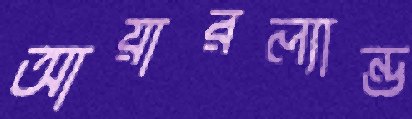
আয়ারল্যান্ড